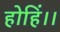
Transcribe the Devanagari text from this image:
होहिं।।